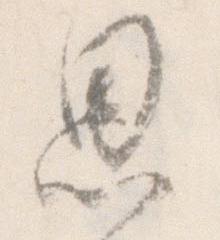
思